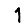
Digit: 1